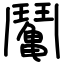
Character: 䰗